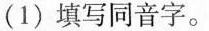
(1)填写同音字。